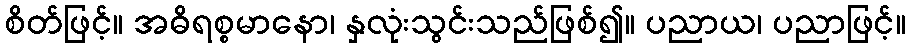
စိတ်ဖြင့်။ အဓိရစ္စမာနော၊ နှလုံးသွင်းသည်ဖြစ်၍။ ပညာယ၊ ပညာဖြင့်။